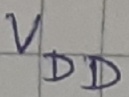
Text: VDD